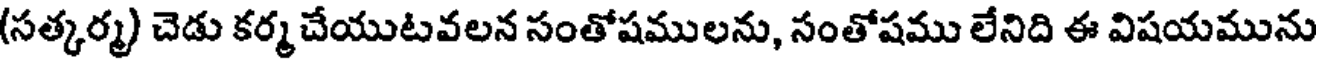
(సత్కర్మ) చెడు కర్మ చేయుటవలన సంతోషములను, సంతోషము లేనిది ఈ విషయమును